Report on sanitation, dispensaries, and jails in Rajputana for 1911, and on vaccination for the year 1911-1912 - 1911-1912
Year: 1911
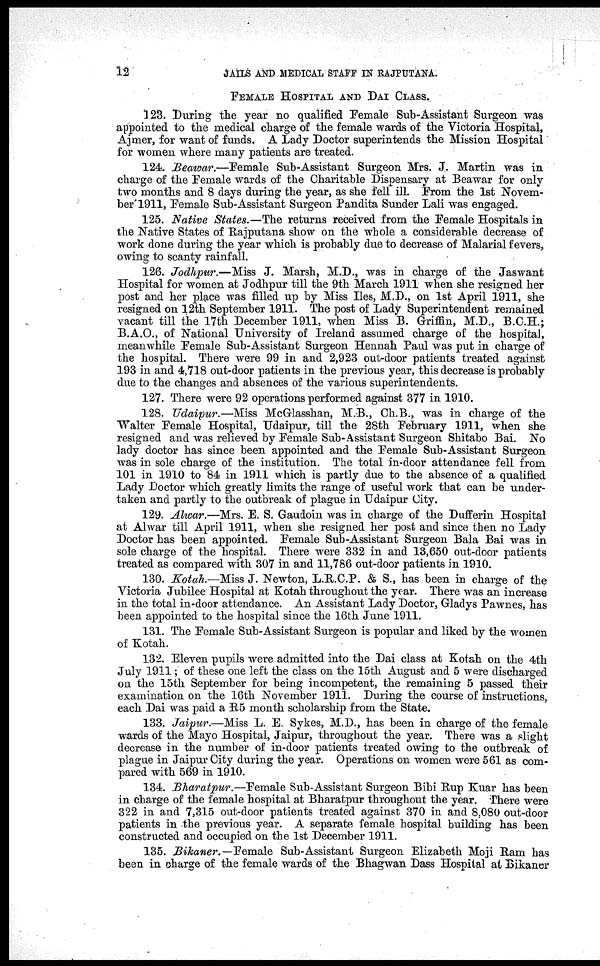
12
JAILS AND MEDICAL STAFF IN RAJPUTANA.
FEMALE HOSPITAL AND DAI CLASS.
123. During the year no qualified Female Sub-Assistant Surgeon was
appointed to the medical charge of the female wards of the Victoria Hospital,
Ajmer, for want of funds. A Lady Doctor superintends the Mission Hospital
for women where many patients are treated.
124. Beawar.—Female Sub-Assistant Surgeon Mrs. J. Martin was in
charge of the Female wards of the Charitable Dispensary at Beawar for only
two months and 8 days during the year, as she fell ill. From the 1st Novem-
ber 1911, Female Sub-Assistant Surgeon Pandita Sunder Lali was engaged.
125. Native States.—The returns received from the Female Hospitals in
the Native States of Rajputana show on the whole a considerable decrease of
work done during the year which is probably due to decrease of Malarial fevers,
owing to scanty rainfall.
126. Jodhpur.—Miss J. Marsh, M.D., was in charge of the Jaswant
Hospital for women at Jodhpur till the 9th March 1911 when she resigned her
post and her place was filled up by Miss Iles, M.D., on 1st April 1911, she
resigned on 12th September 1911. The post of Lady Superintendent remained
vacant till the 17th December 1911, when Miss B. Griffin, M.D., B.C.H.;
B.A.O., of National University of Ireland assumed charge of the hospital,
meanwhile Female Sub-Assistant Surgeon Hennah Paul was put in charge of
the hospital. There were 99 in and 2,923 out-door patients treated against
193 in and 4,718 out-door patients in the previous year, this decrease is probably
due to the changes and absences of the various superintendents.
127. There were 92 operations performed against 377 in 1910.
128. Udaipur.—Miss McGlasshan, M.B., Ch.B., was in charge of the
Walter Female Hospital, Udaipur, till the 28th February 1911, when she
resigned and was relieved by Female Sub-Assistant Surgeon Shitabo Bai. No
lady doctor has since been appointed and the Female Sub-Assistant Surgeon
was in sole charge of the institution. The total in-door attendance fell from
101 in 1910 to 84 in 1911 which is partly due to the absence of a qualified
Lady Doctor which greatly limits the range of useful work that can be under-
taken and partly to the outbreak of plague in Udaipur City.
129. Alwar.—Mrs. E. S. Gaudoin was in charge of the Dufferin Hospital
at Alwar till April 1911, when she resigned her post and since then no Lady
Doctor has been appointed. Female Sub-Assistant Surgeon Bala Bai was in
sole charge of the hospital. There were 332 in and 13,650 out-door patients
treated as compared with 307 in and 11,786 out-door patients in 1910.
130. Kotah.—Miss J. Newton, L.R.C.P. & S., has been in charge of the
Victoria Jubilee Hospital at Kotah throughout the year. There was an increase
in the total in-door attendance. An Assistant Lady Doctor, Gladys Pawnes, has
been appointed to the hospital since the 16th June 1911.
131. The Female Sub-Assistant Surgeon is popular and liked by the women
of Kotah.
132. Eleven pupils were admitted into the Dai class at Kotah on the 4th
July 1911; of these one left the class on the 15th August and 5 were discharged
on the 15th September for being incompetent, the remaining 5 passed their
examination on the 16th November 1911. During the course of instructions,
each Dai was paid a R5 month scholarship from the State.
133. Jaipur.—Miss L. E. Sykes, M.D., has been in charge of the female
wards of the Mayo Hospital, Jaipur, throughout the year. There was a slight
decrease in the number of in-door patients treated owing to the outbreak of
plague in Jaipur City during the year. Operations on women were 561 as com-
pared with 569 in 1910.
134. Bharatpur.—Female Sub-Assistant Surgeon Bibi Rup Kuar has been
in charge of the female hospital at Bharatpur throughout the year. There were
322 in and 7,315 out-door patients treated against 370 in and 8,080 out-door
patients in the previous year. A separate female hospital building has been
constructed and occupied on the 1st December 1911.
135. Bikaner.— Female Sub-Assistant Surgeon Elizabeth Moji Ram has
been in charge of the female wards of the Bhagwan Dass Hospital at Bikaner